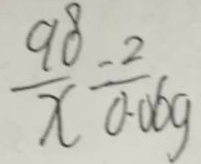
\frac { 9 8 } { x } = \frac { 2 } { 0 . 0 6 g }